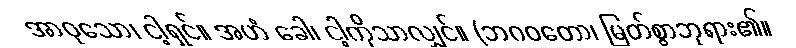
အာဝုသော၊ ငါ့ရှင်။ အဟံ ခေါ၊ ငါ့ကိုသာလျှင်။ (ဘဂဝတော၊ မြတ်စွာဘုရား၏။